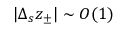
| \Delta _ { s } z _ { \pm } | \sim O ( 1 )